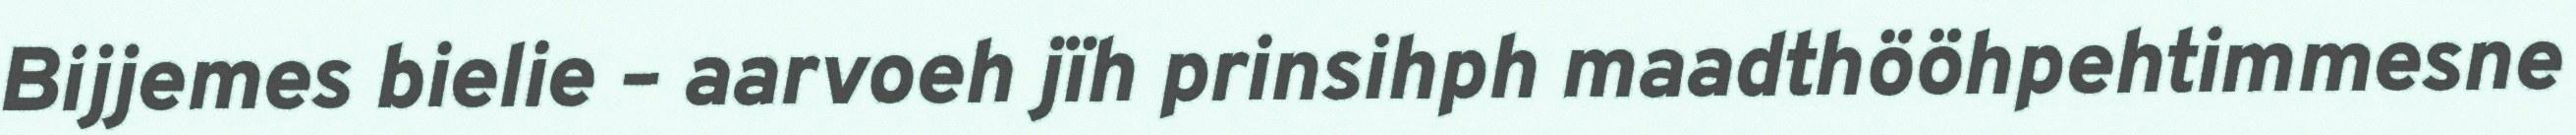
Bijjemes bielie – aarvoeh jïh prinsihph maadthööhpehtimmesne